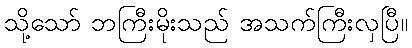
သို့သော် ဘကြီးမိုးသည် အသက်ကြီးလှပြီ။